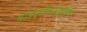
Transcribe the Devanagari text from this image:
माइट्रोकान्ड्रिया